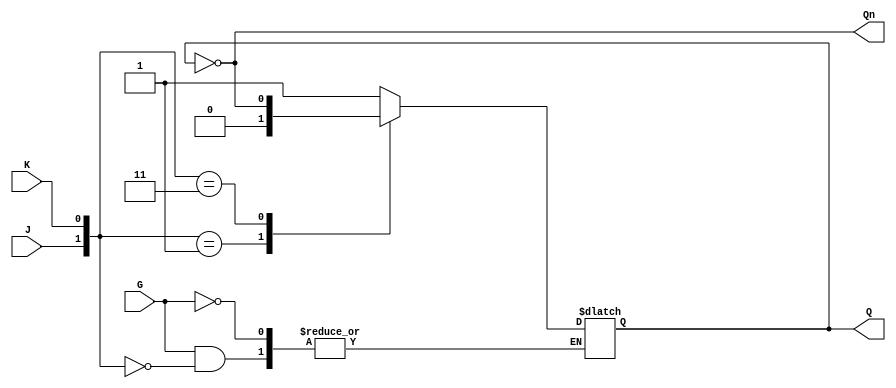
module GatedJKLatch (
    input wire J,      // Set input
    input wire K,      // Reset input
    input wire G,      // Gate input (active high)
    output reg Q,      // Current state output
    output wire Qn     // Inverted state output
);

    assign Qn = ~Q; // Q' output is the inverse of Q

    always @(G or J or K) begin
        if (G) begin
            case ({J, K})
                2'b10: Q <= 1'b1;  // Set state
                2'b01: Q <= 1'b0;  // Reset state
                2'b00: Q <= Q;     // No change
                2'b11: Q <= ~Q;    // Toggle state
            endcase
        end
        // If G is low, maintain the current state (Q remains unchanged)
    end

endmodule